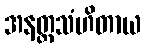
အနတ္ထသံဟိတာယ